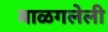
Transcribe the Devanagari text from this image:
बाळगलेली